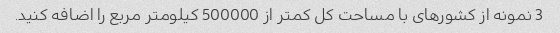
3 نمونه از کشورهای با مساحت کل کمتر از 500000 کیلومتر مربع را اضافه کنید.